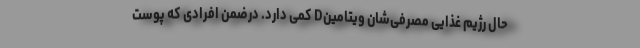
حال رژیم غذایی مصرفی‌شان ویتامینD کمی دارد. درضمن افرادی که پوست